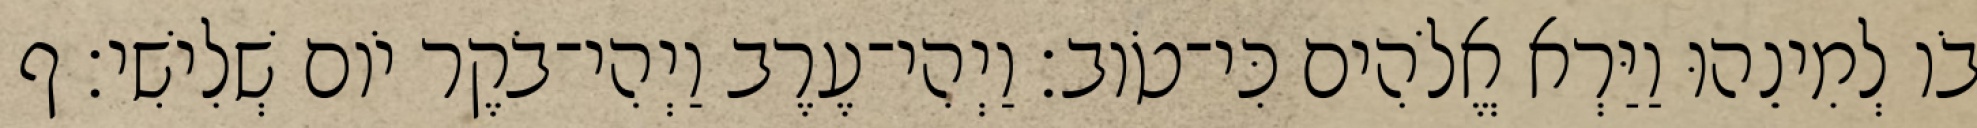
בֹו לְמִינֵהוּ וַיַּרְא אֱלֹהִים כִּי־טֹוב׃ וַיְהִי־עֶרֶב וַיְהִי־בֹקֶר יֹום שְׁלִישִׁי׃ ף